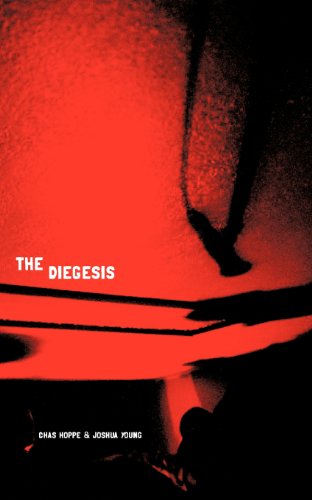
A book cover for The Diegesis; Chas Hoppe; Law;